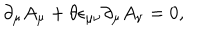
\partial _ { \mu } A _ { \mu } + \theta \epsilon _ { \mu \nu } \partial _ { \mu } A _ { \nu } = 0 ,